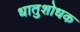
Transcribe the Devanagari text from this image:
धातुशोधक